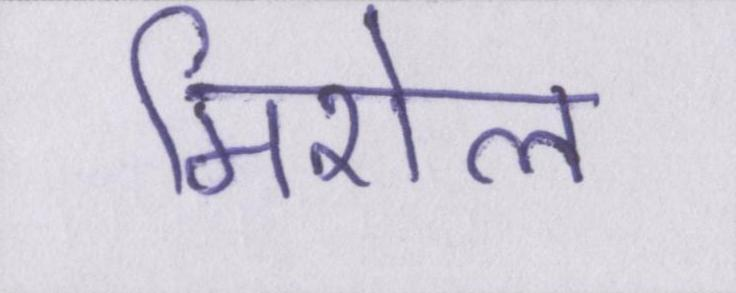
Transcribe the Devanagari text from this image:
मिशेल